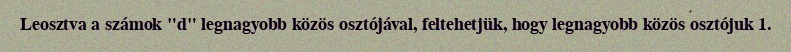
Leosztva a számok "d" legnagyobb közös osztójával, feltehetjük, hogy legnagyobb közös osztójuk 1.